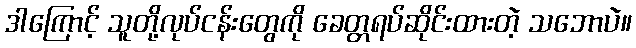
ဒါကြောင့် သူတို့လုပ်ငန်းတွေကို ခေတ္တရပ်ဆိုင်းထားတဲ့ သဘောပဲ။